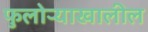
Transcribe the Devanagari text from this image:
फुलोऱ्याखालील